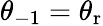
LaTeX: \theta_{-1}=\theta_{\mathrm{r}}